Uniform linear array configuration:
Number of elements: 16
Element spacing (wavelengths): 0.5
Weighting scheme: kaiser
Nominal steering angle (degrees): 0
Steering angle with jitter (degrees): -0.5229
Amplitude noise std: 0.05
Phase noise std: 0.05

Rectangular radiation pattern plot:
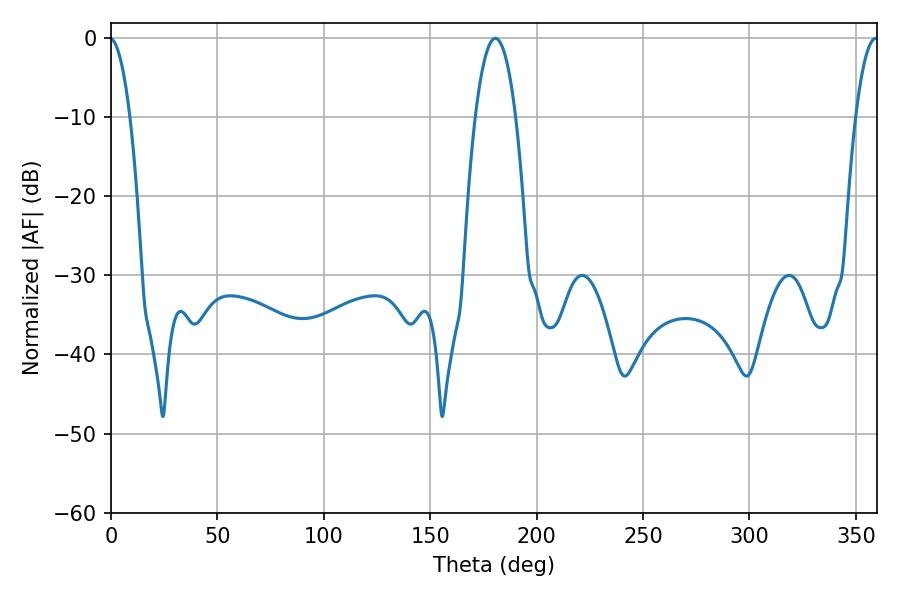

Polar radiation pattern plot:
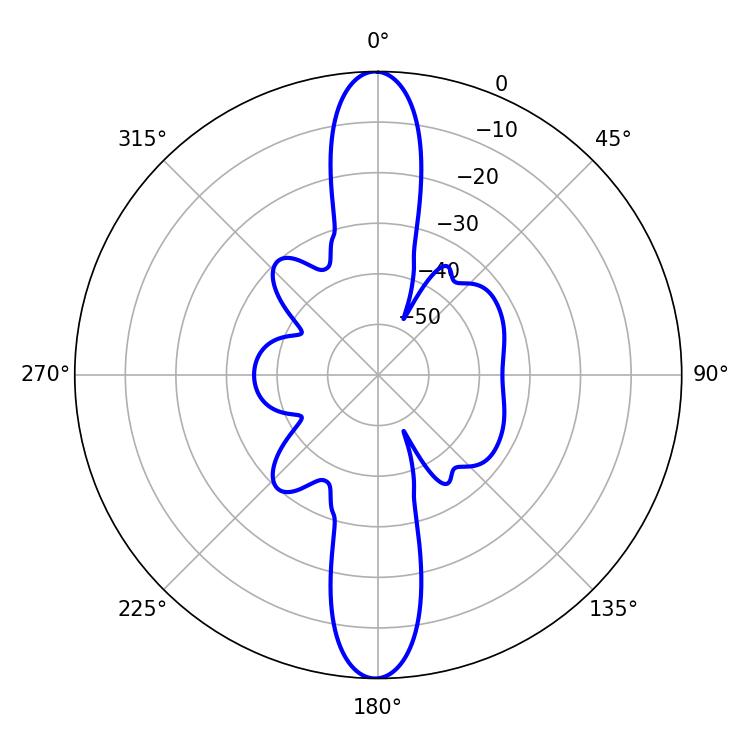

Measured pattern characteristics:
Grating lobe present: FALSE
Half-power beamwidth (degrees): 10.62
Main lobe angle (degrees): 180.54